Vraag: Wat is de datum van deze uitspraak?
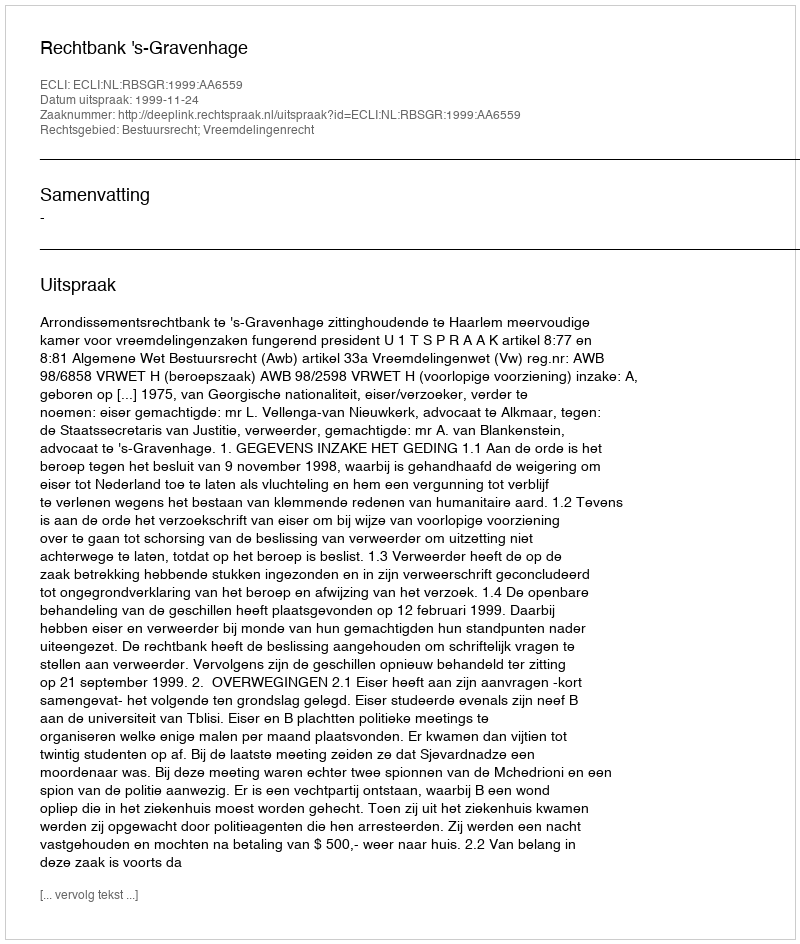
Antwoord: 1999-11-24